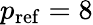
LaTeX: p_{\mathrm{ref}}=8